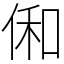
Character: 俰